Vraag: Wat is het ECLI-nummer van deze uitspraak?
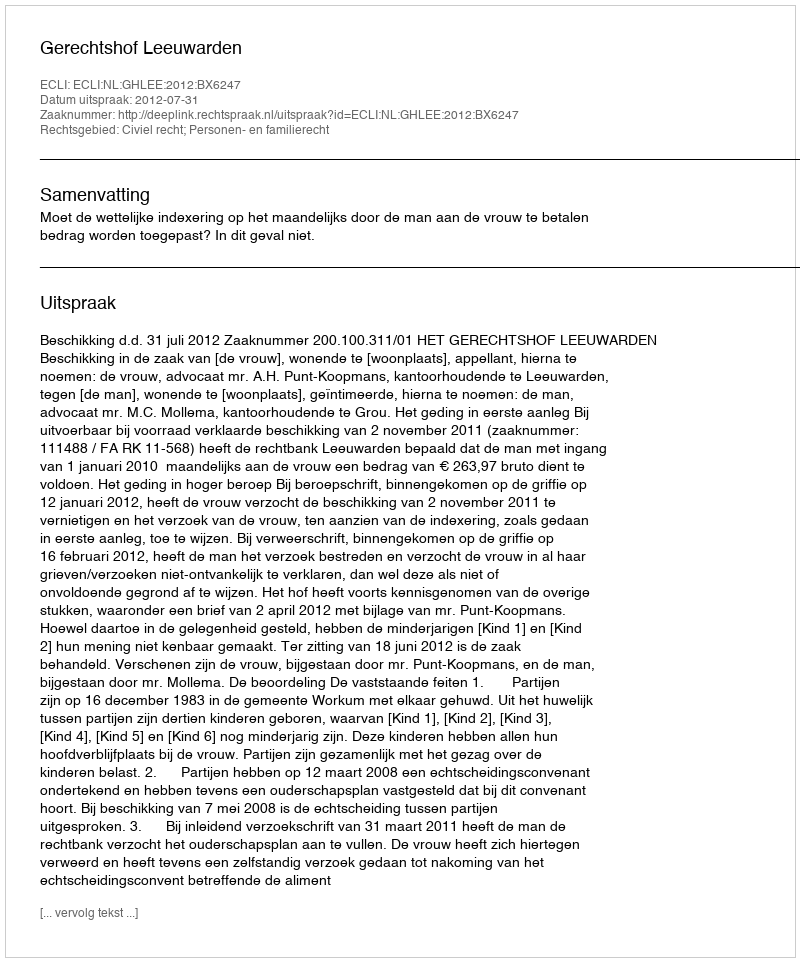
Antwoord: ECLI:NL:GHLEE:2012:BX6247